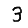
Digit: 3